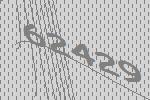
62429